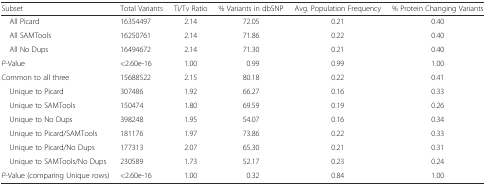
<table><thead><tr><td><b>Subset</b></td><td><b>Total Variants</b></td><td><b>Ti/Tv Ratio</b></td><td><b>% Variants in dbSNP</b></td><td><b>Avg. Population Frequency</b></td><td><b>% Protein Changing Variants</b></td></tr></thead><tbody><tr><td> All Picard</td><td>16354497</td><td>2.14</td><td>72.05</td><td>0.21</td><td>0.40</td></tr><tr><td> All SAMTools</td><td>16250761</td><td>2.14</td><td>71.86</td><td>0.22</td><td>0.40</td></tr><tr><td> All No Dups</td><td>16494672</td><td>2.14</td><td>71.30</td><td>0.21</td><td>0.40</td></tr><tr><td><i>P</i>-Value</td><td>&lt;2.60e-16</td><td>1.00</td><td>0.99</td><td>0.99</td><td>1.00</td></tr><tr><td>Common to all three</td><td>15688522</td><td>2.15</td><td>80.18</td><td>0.22</td><td>0.41</td></tr><tr><td> Unique to Picard</td><td>307486</td><td>1.92</td><td>66.27</td><td>0.16</td><td>0.33</td></tr><tr><td> Unique to SAMTools</td><td>150474</td><td>1.80</td><td>69.59</td><td>0.19</td><td>0.26</td></tr><tr><td> Unique to No Dups</td><td>398248</td><td>1.95</td><td>54.07</td><td>0.16</td><td>0.34</td></tr><tr><td> Unique to Picard/SAMTools</td><td>181176</td><td>1.97</td><td>73.86</td><td>0.22</td><td>0.33</td></tr><tr><td> Unique to Picard/No Dups</td><td>177313</td><td>2.07</td><td>65.30</td><td>0.21</td><td>0.31</td></tr><tr><td> Unique to SAMTools/No Dups</td><td>230589</td><td>1.73</td><td>52.17</td><td>0.23</td><td>0.24</td></tr><tr><td><i>P</i>-Value (comparing Unique rows)</td><td>&lt;2.60e-16</td><td>1.00</td><td>0.32</td><td>0.84</td><td>1.00</td></tr></tbody></table>